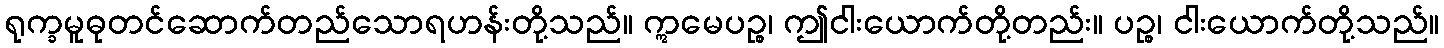
ရုက္ခမူဓုတင်ဆောက်တည်သောရဟန်းတို့သည်။ ဣမေပဉ္စ၊ ဤငါးယောက်တို့တည်း။ ပဉ္စ၊ ငါးယောက်တို့သည်။